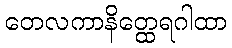
တေလကာနိတ္ထေရဂါထာ